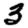
Digit: 3